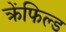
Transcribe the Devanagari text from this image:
क्रेंफिल्ड